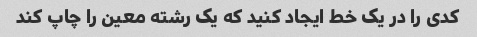
کدی را در یک خط ایجاد کنید که یک رشته معین را چاپ کند